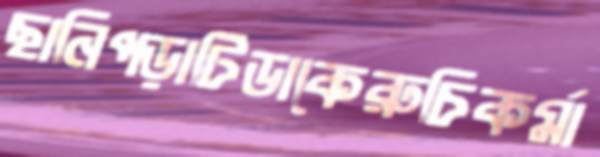
ছানিপড়াটিডাকেরুচিকর্মা